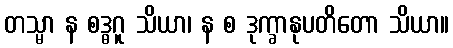
တသ္မာ န စဒ္ဓဂူ သိယာ၊ န စ ဒုက္ခာနုပတိတော သိယာ။